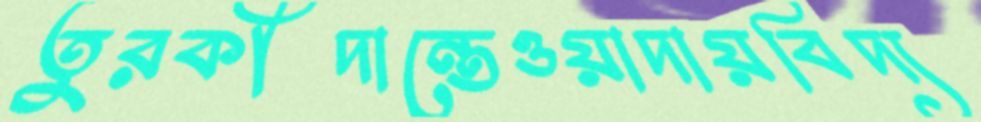
তুরকীদান্তেওয়াদায়বিদ্য